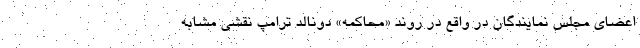
اعضای مجلس نمایندگان در واقع در روند «محاکمه» دونالد ترامپ نقشی مشابه